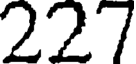
227